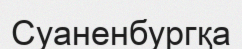
Суаненбургқа